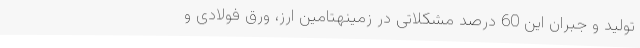
تولید و جبران این 60 درصد مشکلاتی در زمینهتامین ارز، ورق فولادی و